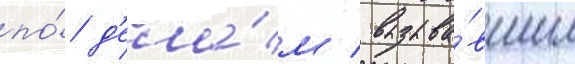
по́ д'ела́м / вызыва́вшим